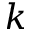
k